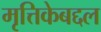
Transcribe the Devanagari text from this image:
मृत्तिकेबद्दल